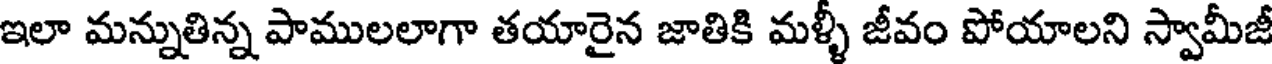
ఇలా మన్నుతిన్న పాములలాగా తయారైన జాతికి మళ్ళీ జీవం పోయాలని స్వామీజీ